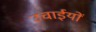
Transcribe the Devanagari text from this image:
उंचाईयों